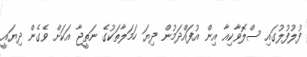
ފުލުފުލުގައި ސްލޮވާކިއާ އިން އުފައްދަމުން ދިޔަ ހަމަލާތަކުގެ ނަތީޖާ އަކަށް ވެގެން ދިޔައީ